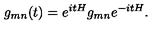
g _ { m n } ( t ) = e ^ { i t H } g _ { m n } e ^ { - i t H } .